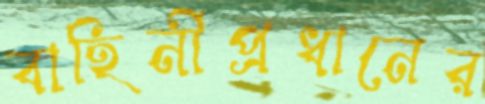
বাহিনীপ্রধানের